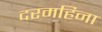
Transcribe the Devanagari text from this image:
दरमहिना